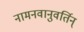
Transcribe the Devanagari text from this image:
नामनवानुवर्तिन्